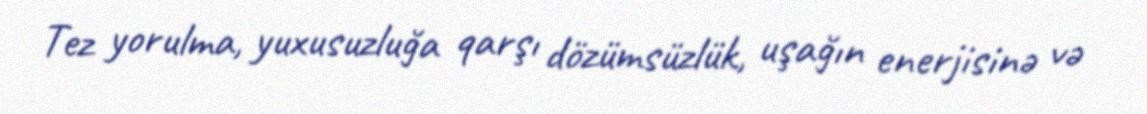
Tez yorulma, yuxusuzluğa qarşı dözümsüzlük, uşağın enerjisinə və